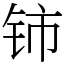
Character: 铈